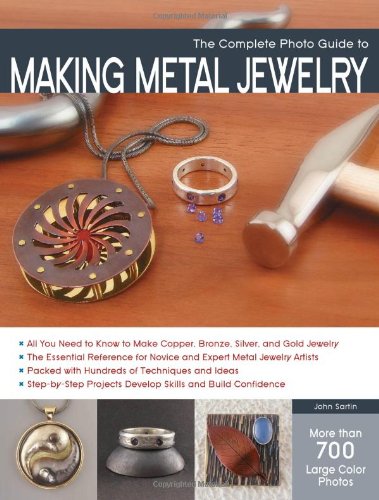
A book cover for The Complete Photo Guide to Making Metal Jewelry; John Sartin; Crafts, Hobbies & Home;